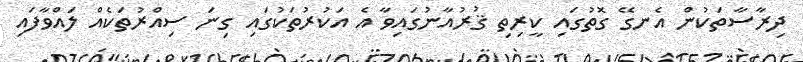
ދިރާސާތަކުން އެނގޭ ގޮތުގައި ކީރިތި ޤުރުއާނުގައިވާ އެ އަކުރުތަކުގައި ގިނަ ސިއްރުތަކެއް ލައްވާފައި